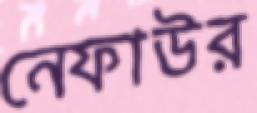
নেফাউর